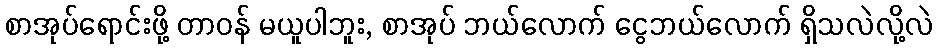
စာအုပ်ရောင်းဖို့ တာဝန် မယူပါဘူး, စာအုပ် ဘယ်လောက် ငွေဘယ်လောက် ရှိသလဲလို့လဲ